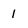
Character: 1